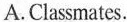
A. Classmates.